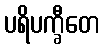
ပရိပက္ခီတေ